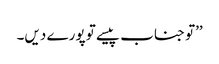
’’تو جناب پیسے تو پورے دیں۔